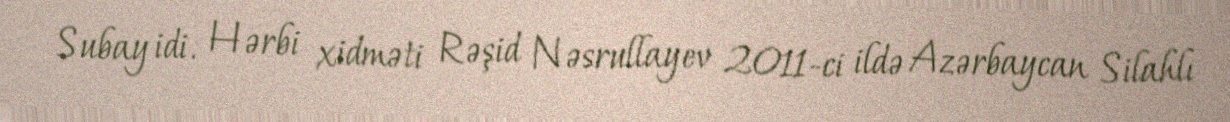
Subay idi. Hərbi xidməti Rəşid Nəsrullayev 2011-ci ildə Azərbaycan Silahlı